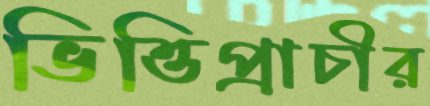
ভিত্তিপ্রাচীর